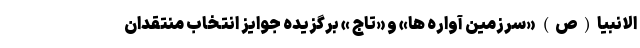
الانبیا(ص) «سرزمین آواره ها» و «تاج » برگزیده جوایز انتخاب منتقدان